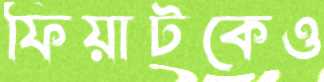
ফিয়াটকেও